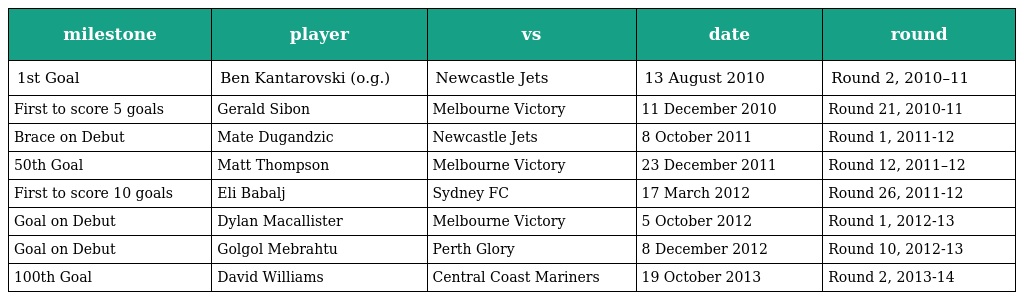
| milestone | player | vs | date | round |
 | --- | --- | --- | --- | --- |
 | 1st Goal | Ben Kantarovski (o.g.) | Newcastle Jets | 13 August 2010 | Round 2, 2010–11 |
 | First to score 5 goals | Gerald Sibon | Melbourne Victory | 11 December 2010 | Round 21, 2010-11 |
 | Brace on Debut | Mate Dugandzic | Newcastle Jets | 8 October 2011 | Round 1, 2011-12 |
 | 50th Goal | Matt Thompson | Melbourne Victory | 23 December 2011 | Round 12, 2011–12 |
 | First to score 10 goals | Eli Babalj | Sydney FC | 17 March 2012 | Round 26, 2011-12 |
 | Goal on Debut | Dylan Macallister | Melbourne Victory | 5 October 2012 | Round 1, 2012-13 |
 | Goal on Debut | Golgol Mebrahtu | Perth Glory | 8 December 2012 | Round 10, 2012-13 |
 | 100th Goal | David Williams | Central Coast Mariners | 19 October 2013 | Round 2, 2013-14 |